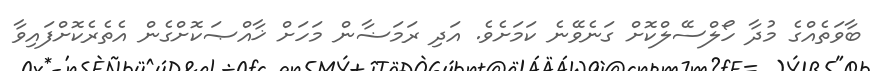
ބާވަތެއްގެ މުދާ ހޯލްސޭލްކޮށް ގަނެވޭނެ ކަމަށެވެ. އަދި ރަމަޟާން މަހަށް ޚާއްޞަކޮށްގެން އެތެރެކޮށްފައިވާ